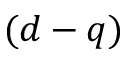
( d - q )